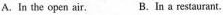
A.In the open air. B.In a restaurant.